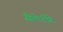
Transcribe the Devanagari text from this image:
सैलेटोरे